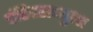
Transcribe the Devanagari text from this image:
पंडितराध्युला